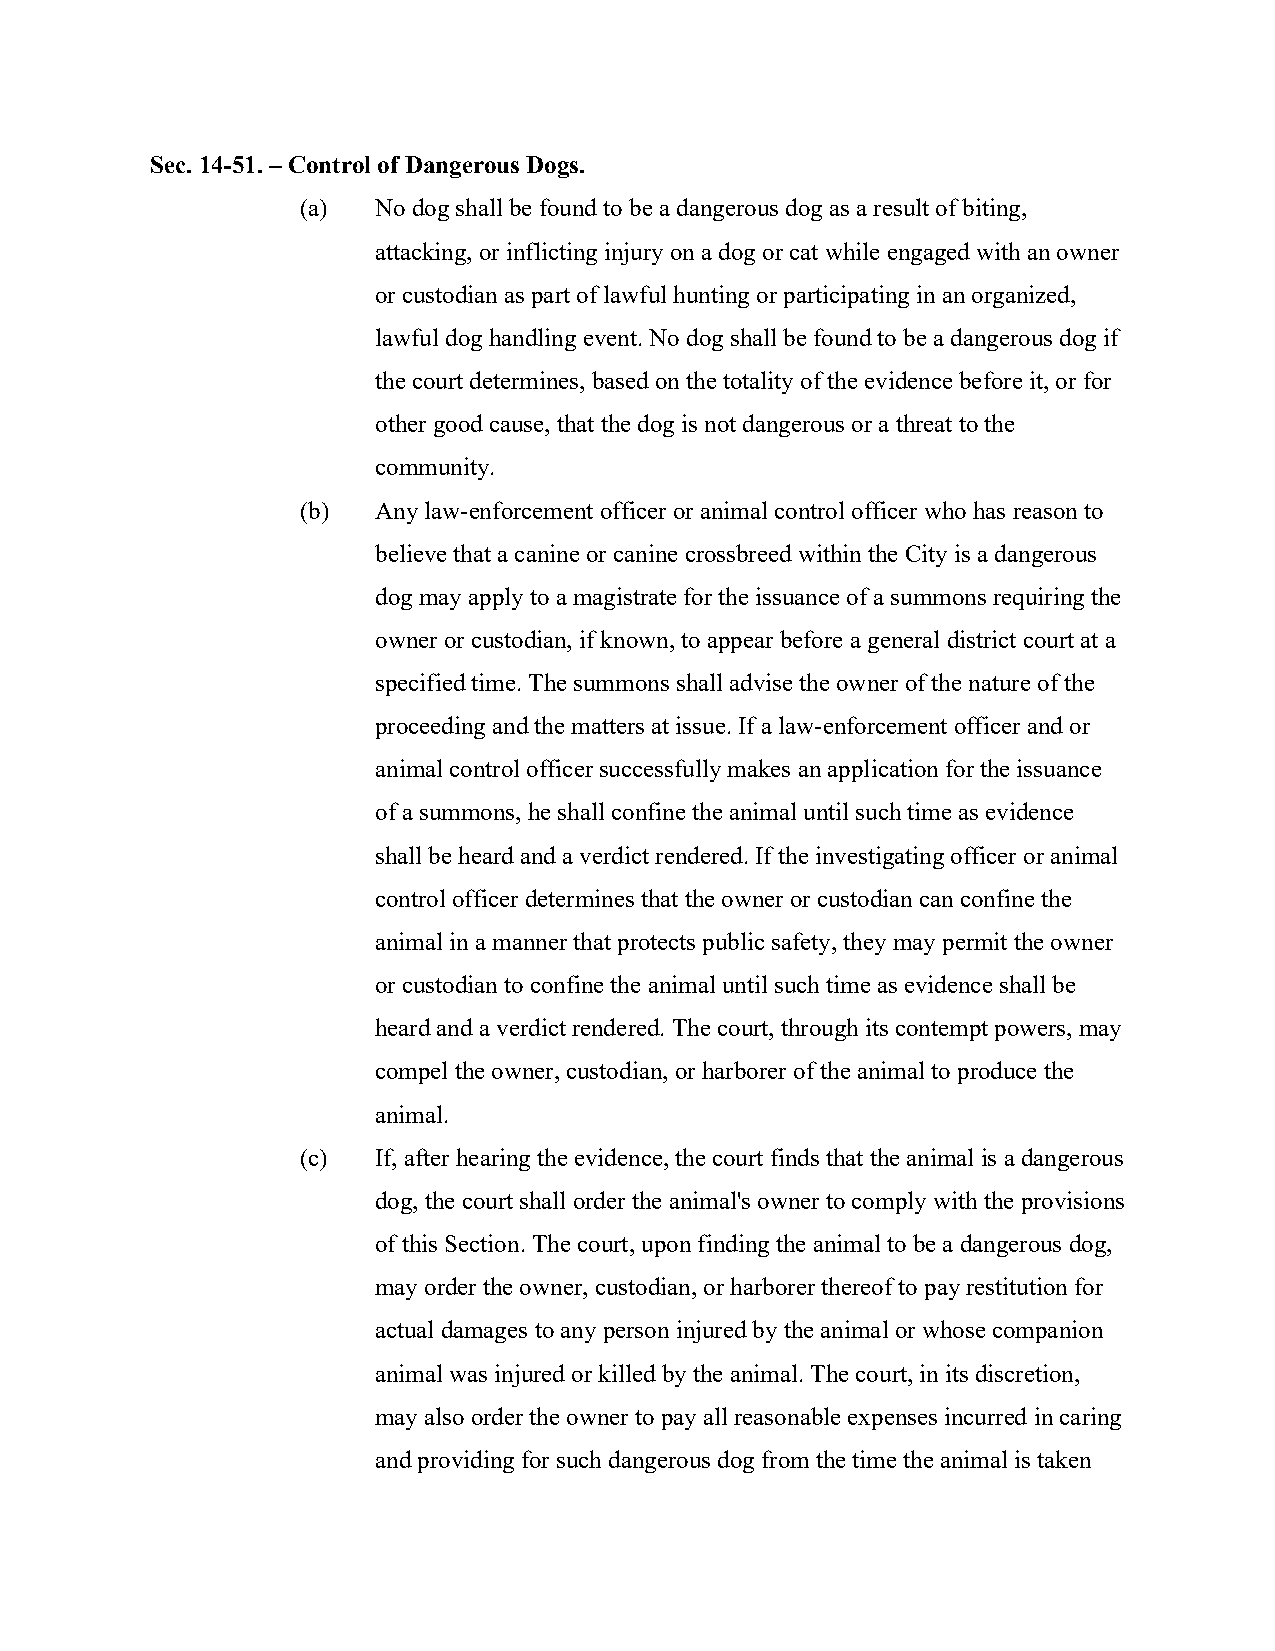
Sec. 14-51. – Control of Dangerous Dogs.
 (a)  No dog shall be found to be a dangerous dog as a result of biting,
 attacking, or inflicting injury on a dog or cat while engaged with an owner
 or custodian as part of lawful hunting or participating in an organized,
 lawful dog handling event. No dog shall be found to be a dangerous dog if
 the court determines, based on the totality of the evidence before it, or for
 other good cause, that the dog is not dangerous or a threat to the
 community.
 (b)  Any law-enforcement officer or animal control officer who has reason to
 believe that a canine or canine crossbreed within the City is a dangerous
 dog may apply to a magistrate for the issuance of a summons requiring the
 owner or custodian, if known, to appear before a general district court at a
 specified time. The summons shall advise the owner of the nature of the
 proceeding and the matters at issue. If a law-enforcement officer and or
 animal control officer successfully makes an application for the issuance
 of a summons, he shall confine the animal until such time as evidence
 shall be heard and a verdict rendered. If the investigating officer or animal
 control officer determines that the owner or custodian can confine the
 animal in a manner that protects public safety, they may permit the owner
 or custodian to confine the animal until such time as evidence shall be
 heard and a verdict rendered. The court, through its contempt powers, may
 compel the owner, custodian, or harborer of the animal to produce the
 animal.
 (c)  If, after hearing the evidence, the court finds that the animal is a dangerous
 dog, the court shall order the animal's owner to comply with the provisions
 of this Section. The court, upon finding the animal to be a dangerous dog,
 may order the owner, custodian, or harborer thereof to pay restitution for
 actual damages to any person injured by the animal or whose companion
 animal was injured or killed by the animal. The court, in its discretion,
 may also order the owner to pay all reasonable expenses incurred in caring
 and providing for such dangerous dog from the time the animal is taken